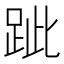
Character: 跐